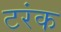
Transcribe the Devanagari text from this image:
टरंक